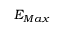
E _ { M a x }